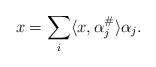
\begin{align*} x= \sum_i \langle x,\alpha_j^\#\rangle \alpha_j.\end{align*}